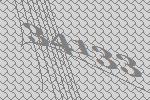
34133